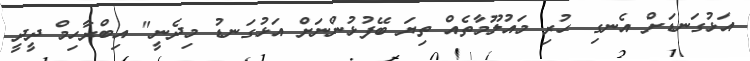
އަޅުގަނޑަށް އެނގި ހުރި މައުލޫމާތެއް ތިޔަ ބޭފުޅުންނަށް އަޅުގަނޑު މިދެނީ" އިބްރާހިމް ދީދީ